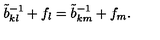
\tilde { b } _ { k l } ^ { - 1 } + f _ { l } = \tilde { b } _ { k m } ^ { - 1 } + f _ { m } .